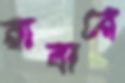
রাবারে